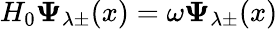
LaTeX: H_{0}\mathbf{\Psi}_{\lambda\pm}(x)=\omega\mathbf{\Psi}_{\lambda\pm}(x)